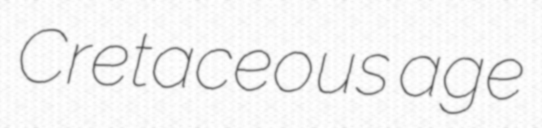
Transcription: Cretaceous age